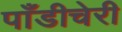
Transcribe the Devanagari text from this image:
पाँडीचेरी